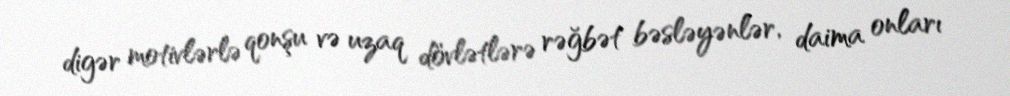
digər motivlərlə qonşu və uzaq dövlətlərə rəğbət bəsləyənlər, daima onları